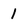
Character: 1